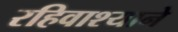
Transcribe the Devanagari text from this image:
रहिवाश्याने